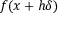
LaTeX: f ( { \boldsymbol { x } } + h { \boldsymbol { \delta } } )